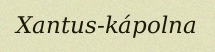
Xantus-kápolna